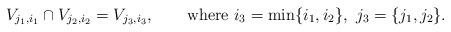
LaTeX: \begin{align*} V_{j_1,i_1}\cap V_{j_2,i_2} = V_{j_3,i_3}, \qquad\mbox{where }i_3=\min\{i_1,i_2\},\ j_3=\{j_1,j_2\}.\end{align*}